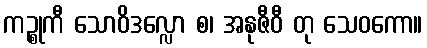
ကဉ္စုကီ သောဝိဒလ္လော စ၊ အနုဇီဝီ တု သေဝကော။